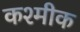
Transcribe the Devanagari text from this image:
कश्मीक